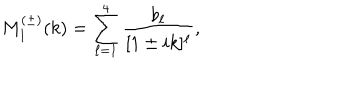
LaTeX: M _ { 1 } ^ { ( \pm ) } ( k ) = \sum _ { \ell = 1 } ^ { 4 } \frac { b _ { \ell } } { [ 1 \pm i k ] ^ { \ell } } ,